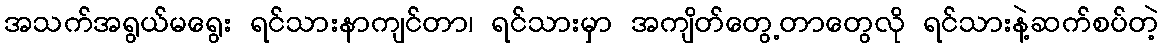
အသက်အရွယ်မရွေး ရင်သားနာကျင်တာ၊ ရင်သားမှာ အကျိတ်တွေ့တာတွေလို ရင်သားနဲ့ဆက်စပ်တဲ့